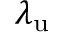
\lambda _ { \mathrm { u } }